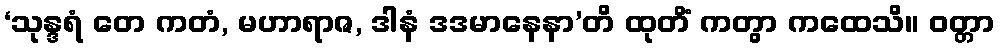
‘သုန္ဒရံ တေ ကတံ, မဟာရာဇ, ဒါနံ ဒဒမာနေနာ’တိ ထုတိံ ကတွာ ကထေသိ။ ဝတ္တာ